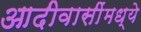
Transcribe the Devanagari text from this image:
आदीवासींमध्ये